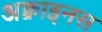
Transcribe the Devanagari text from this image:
अक्वाइनस